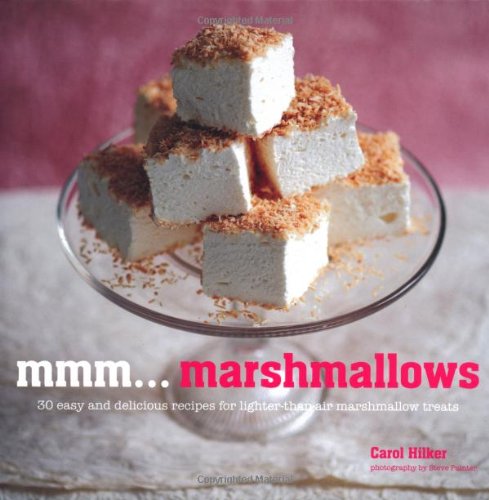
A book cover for MmmE¦marshmallows; Carol Hilker; Cookbooks, Food & Wine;